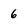
Character: 6